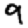
Digit: 9